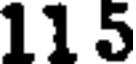
11 5